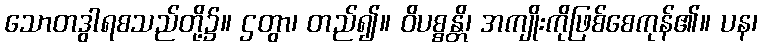
သောတဒွါရစသည်တို့၌။ ဌတွာ၊ တည်၍။ ဝိပစ္စန္တိ၊ အကျိုးကိုဖြစ်စေကုန်၏။ ပန၊